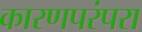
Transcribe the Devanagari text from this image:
कारणपरंपरा